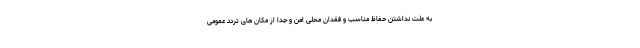
به علت نداشتن حفاظ مناسب و فقدان محلی امن و جدا از مکان های تردد عمومی